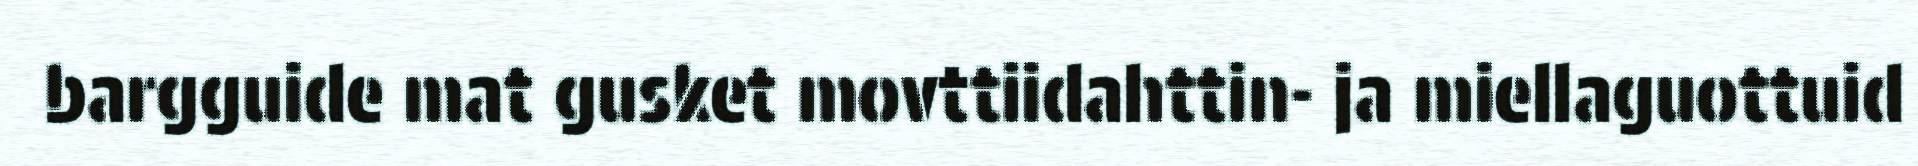
bargguide mat gusket movttiidahttin- ja miellaguottuid